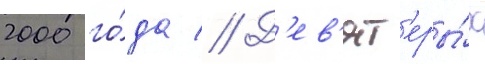
2000 го́да // Д'ев'ят'еры́х